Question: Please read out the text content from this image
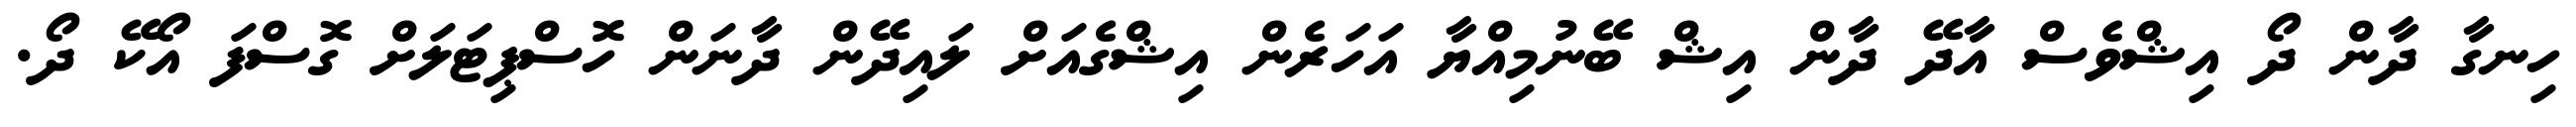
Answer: ހިނގާ ދާން ދޯ އިޝްވެސް އާދޭ ދާން އިޝް ބޭނުމިއްޔާ އަހަރެން އިޝްގެއަށް ލައިދޭން ދާނަން ހޮސްޕިޓަލަށް ގޮސްފަ އޯކޭ ދޯ.